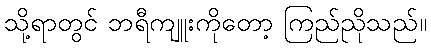
သို့ရာတွင် ဘရီကျူးကိုတော့ ကြည်ညိုသည်။